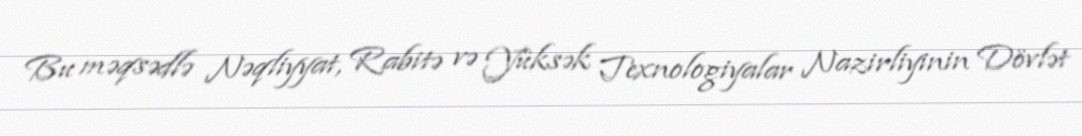
Bu məqsədlə Nəqliyyat, Rabitə və Yüksək Texnologiyalar Nazirliyinin Dövlət